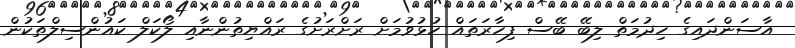
އާސަންދައިގެ ހިދުމަތް ލިބޭ ބޭސް ފިހާރަތައް ހުޅުވުމަށް ރަށްރަށުގެ ރައްޔިތުންނާއި ލޯކަލް ކައުންސިލްތަކުން